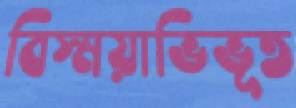
বিস্ময়াভিভূত